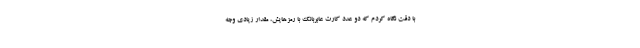
با دقت نگاه کردم که دو عدد کارت عابربانک با رمزهایش، مقدار زیادی وجه